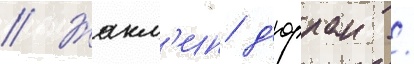
// Жакл'ин д'юрран /